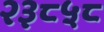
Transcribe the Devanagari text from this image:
२३८५८